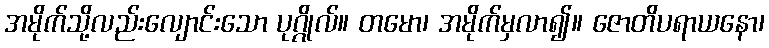
အမိုက်သို့လည်းလျောင်းသော ပုဂ္ဂိုလ်။ တမော၊ အမိုက်မှလာ၍။ ဇောတိပရာယနော၊